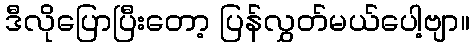
ဒီလိုပြောပြီးတော့ ပြန်လွှတ်မယ်ပေါ့ဗျာ။